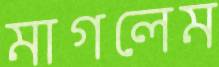
মাগলেম